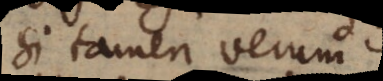
Si tamen verum